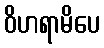
ဝိဟရာမိပေ